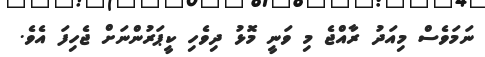
ނަމަވެސް މިއަދު ރާއްޖެ މި ވަނީ މޮޅު ދިވެހި ކީޕަރުންނަށް ޖެހިފަ އެވެ.